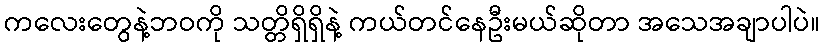
ကလေးတွေနဲ့ဘဝကို သတ္တိရှိရှိနဲ့ ကယ်တင်နေဦးမယ်ဆိုတာ အသေအချာပါပဲ။